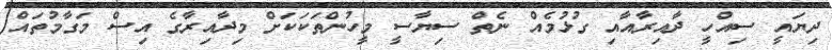
ދިޔައީ ސިއްހީ ދާއިރާއާއި ގުޅުމެއް ނެތް ސިޔާސީ މީހުންތަކަކަށް މިދާއިރާގެ އިސް މަގާމުތައް